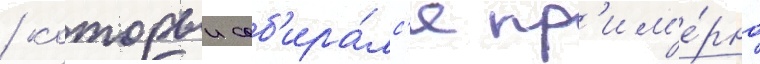
/ которыи соб'ира́лс'я пр'им'е́рно